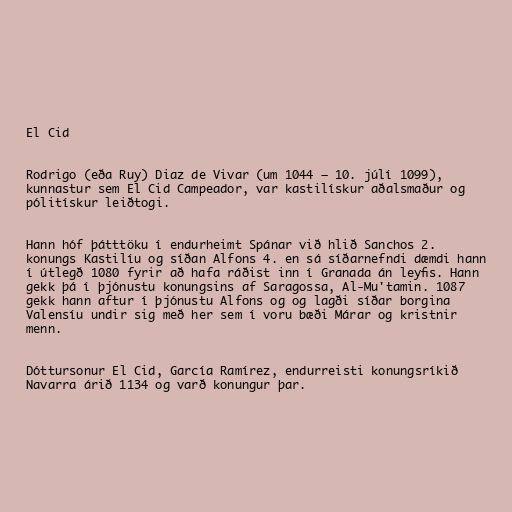
El Cid

Rodrigo (eða Ruy) Diaz de Vivar (um 1044 – 10. júlí 1099),
kunnastur sem El Cid Campeador, var kastilískur aðalsmaður og
pólitískur leiðtogi.

Hann hóf þátttöku í endurheimt Spánar við hlið Sanchos 2.
konungs Kastilíu og síðan Alfons 4. en sá síðarnefndi dæmdi hann
í útlegð 1080 fyrir að hafa ráðist inn í Granada án leyfis. Hann
gekk þá í þjónustu konungsins af Saragossa, Al-Mu'tamin. 1087
gekk hann aftur í þjónustu Alfons og og lagði síðar borgina
Valensíu undir sig með her sem í voru bæði Márar og kristnir
menn.

Dóttursonur El Cid, García Ramírez, endurreisti konungsríkið
Navarra árið 1134 og varð konungur þar.